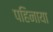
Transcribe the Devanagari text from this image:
पहिनाया